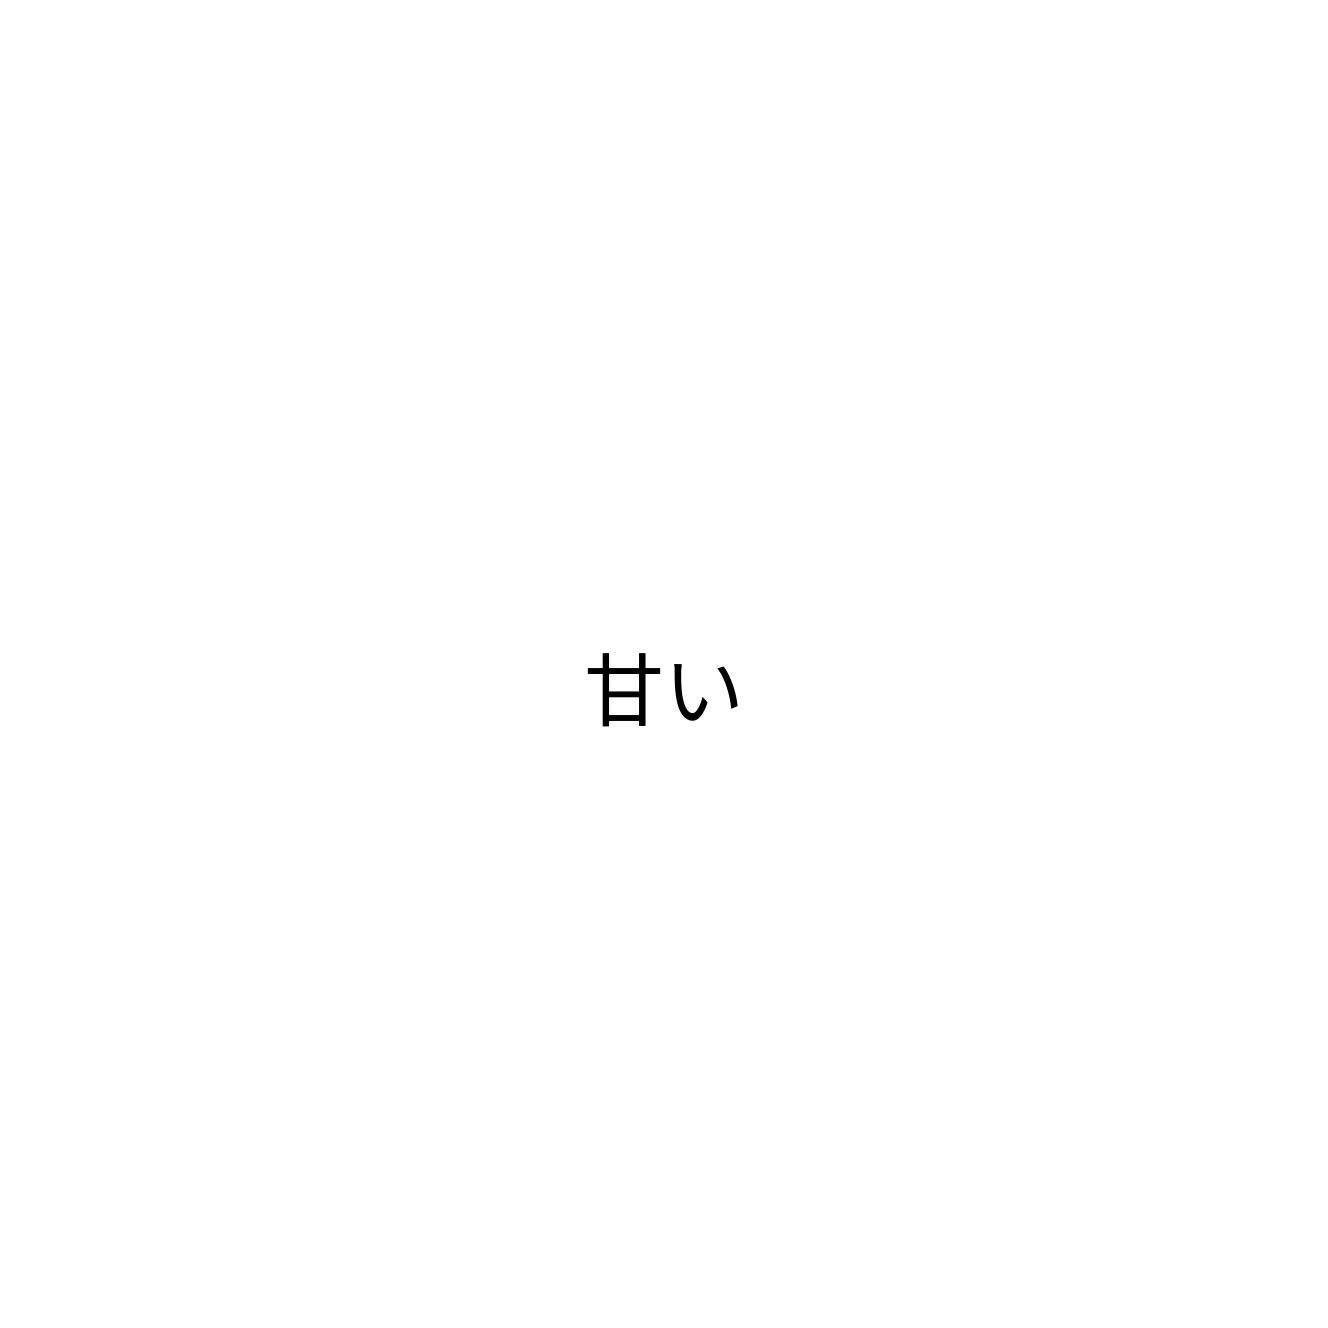
甘い